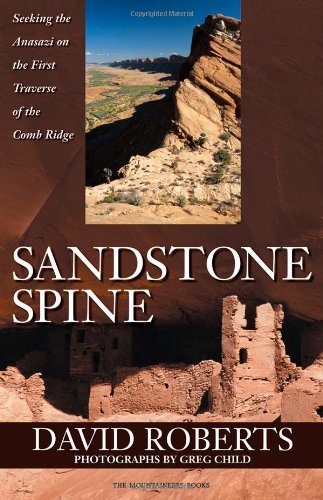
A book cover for Sandstone Spine: First Traverse of the Comb Ridge; David Roberts; Travel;